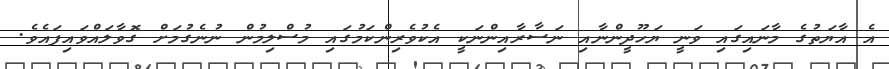
އެ އާޔަތުގެ މާނައިގައި ވަނީ ޔަހޫދީންނާއި ނަސާރާއިންނަކީ އެކުވެރިންކަމުގައި މުސްލިމުން ނުނެގުމަށް ގޮވާލައްވައިފައެވެ.